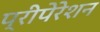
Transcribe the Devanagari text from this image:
प्रीपेरेशन